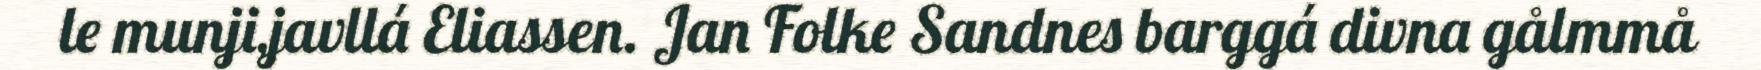
le munji,javllá Eliassen. Jan Folke Sandnes barggá divna gålmmå